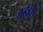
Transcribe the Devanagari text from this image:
जईधी